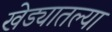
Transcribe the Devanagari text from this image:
खेड्यातल्या